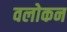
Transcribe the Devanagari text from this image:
वलोकन